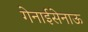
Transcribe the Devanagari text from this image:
गेनाईसेनाऊ